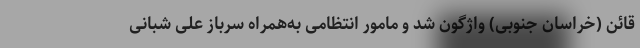
قائن (خراسان جنوبی) واژگون شد و مامور انتظامی به‌همراه سرباز علی شبانی